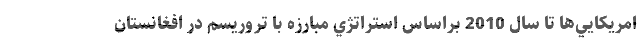
امريكايي‌ها تا سال 2010 براساس استراتژي مبارزه با تروريسم در افغانستان